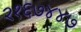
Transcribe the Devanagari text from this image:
२१६७४४७